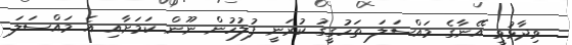
ވިދާޅުވީ އޭނާގެ މައްސަލަ ތަހުގީގު ކުރަނީ ފުލުހުން ނޫން ކަމަށާއި އެ މައްސަލަ